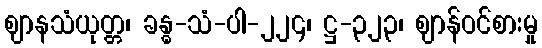
ဈာနသံယုတ္တ၊ ခန္ဓ-သံ-ပါ-၂၂၄၊ ဋ္ဌ-၃၂၃၊ ဈာန်ဝင်စားမှု